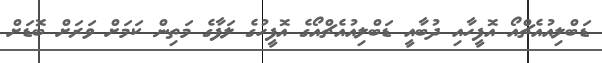
ޑަބްލިއުއެޗްއޯ އޮފީހާއި ދުބާއީ ޑަބްލިއުއެޗްއޯގެ އޮފީހުގެ ލަފާގެ މަތިން ކަމަށް ވަރަށް ބޮޑަށް